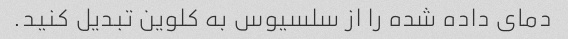
دمای داده شده را از سلسیوس به کلوین تبدیل کنید.